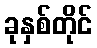
ခုနှစ်တိုင်